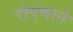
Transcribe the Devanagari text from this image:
रोपणाने